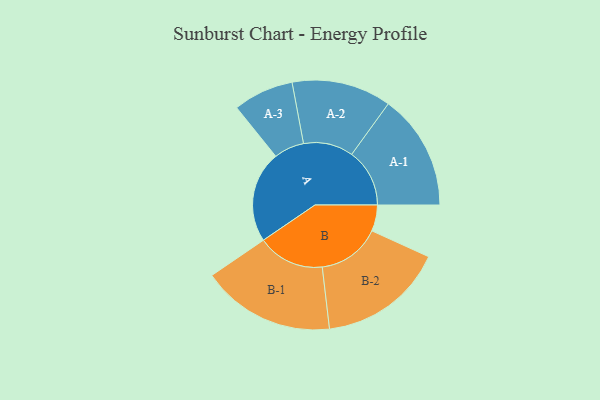
{"axis": {"x": "Segment", "y": "Value"}, "legend": ["", "A", "B"], "data": [{"x": "A", "y": 360, "type": ""}, {"x": "B", "y": 103, "type": ""}, {"x": "A-1", "y": 228, "type": "A"}, {"x": "A-2", "y": 196, "type": "A"}, {"x": "A-3", "y": 119, "type": "A"}, {"x": "B-1", "y": 263, "type": "B"}, {"x": "B-2", "y": 248, "type": "B"}]}